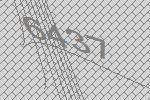
6437